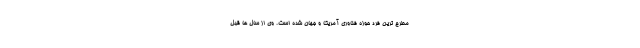
مطرح ترین فرد حوزه فناوری آمریکا و جهان شده است. وی از سال ها قبل